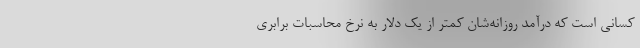
کسانی است که درآمد روزانه‌شان کمتر از یک دلار به نرخ محاسبات برابری